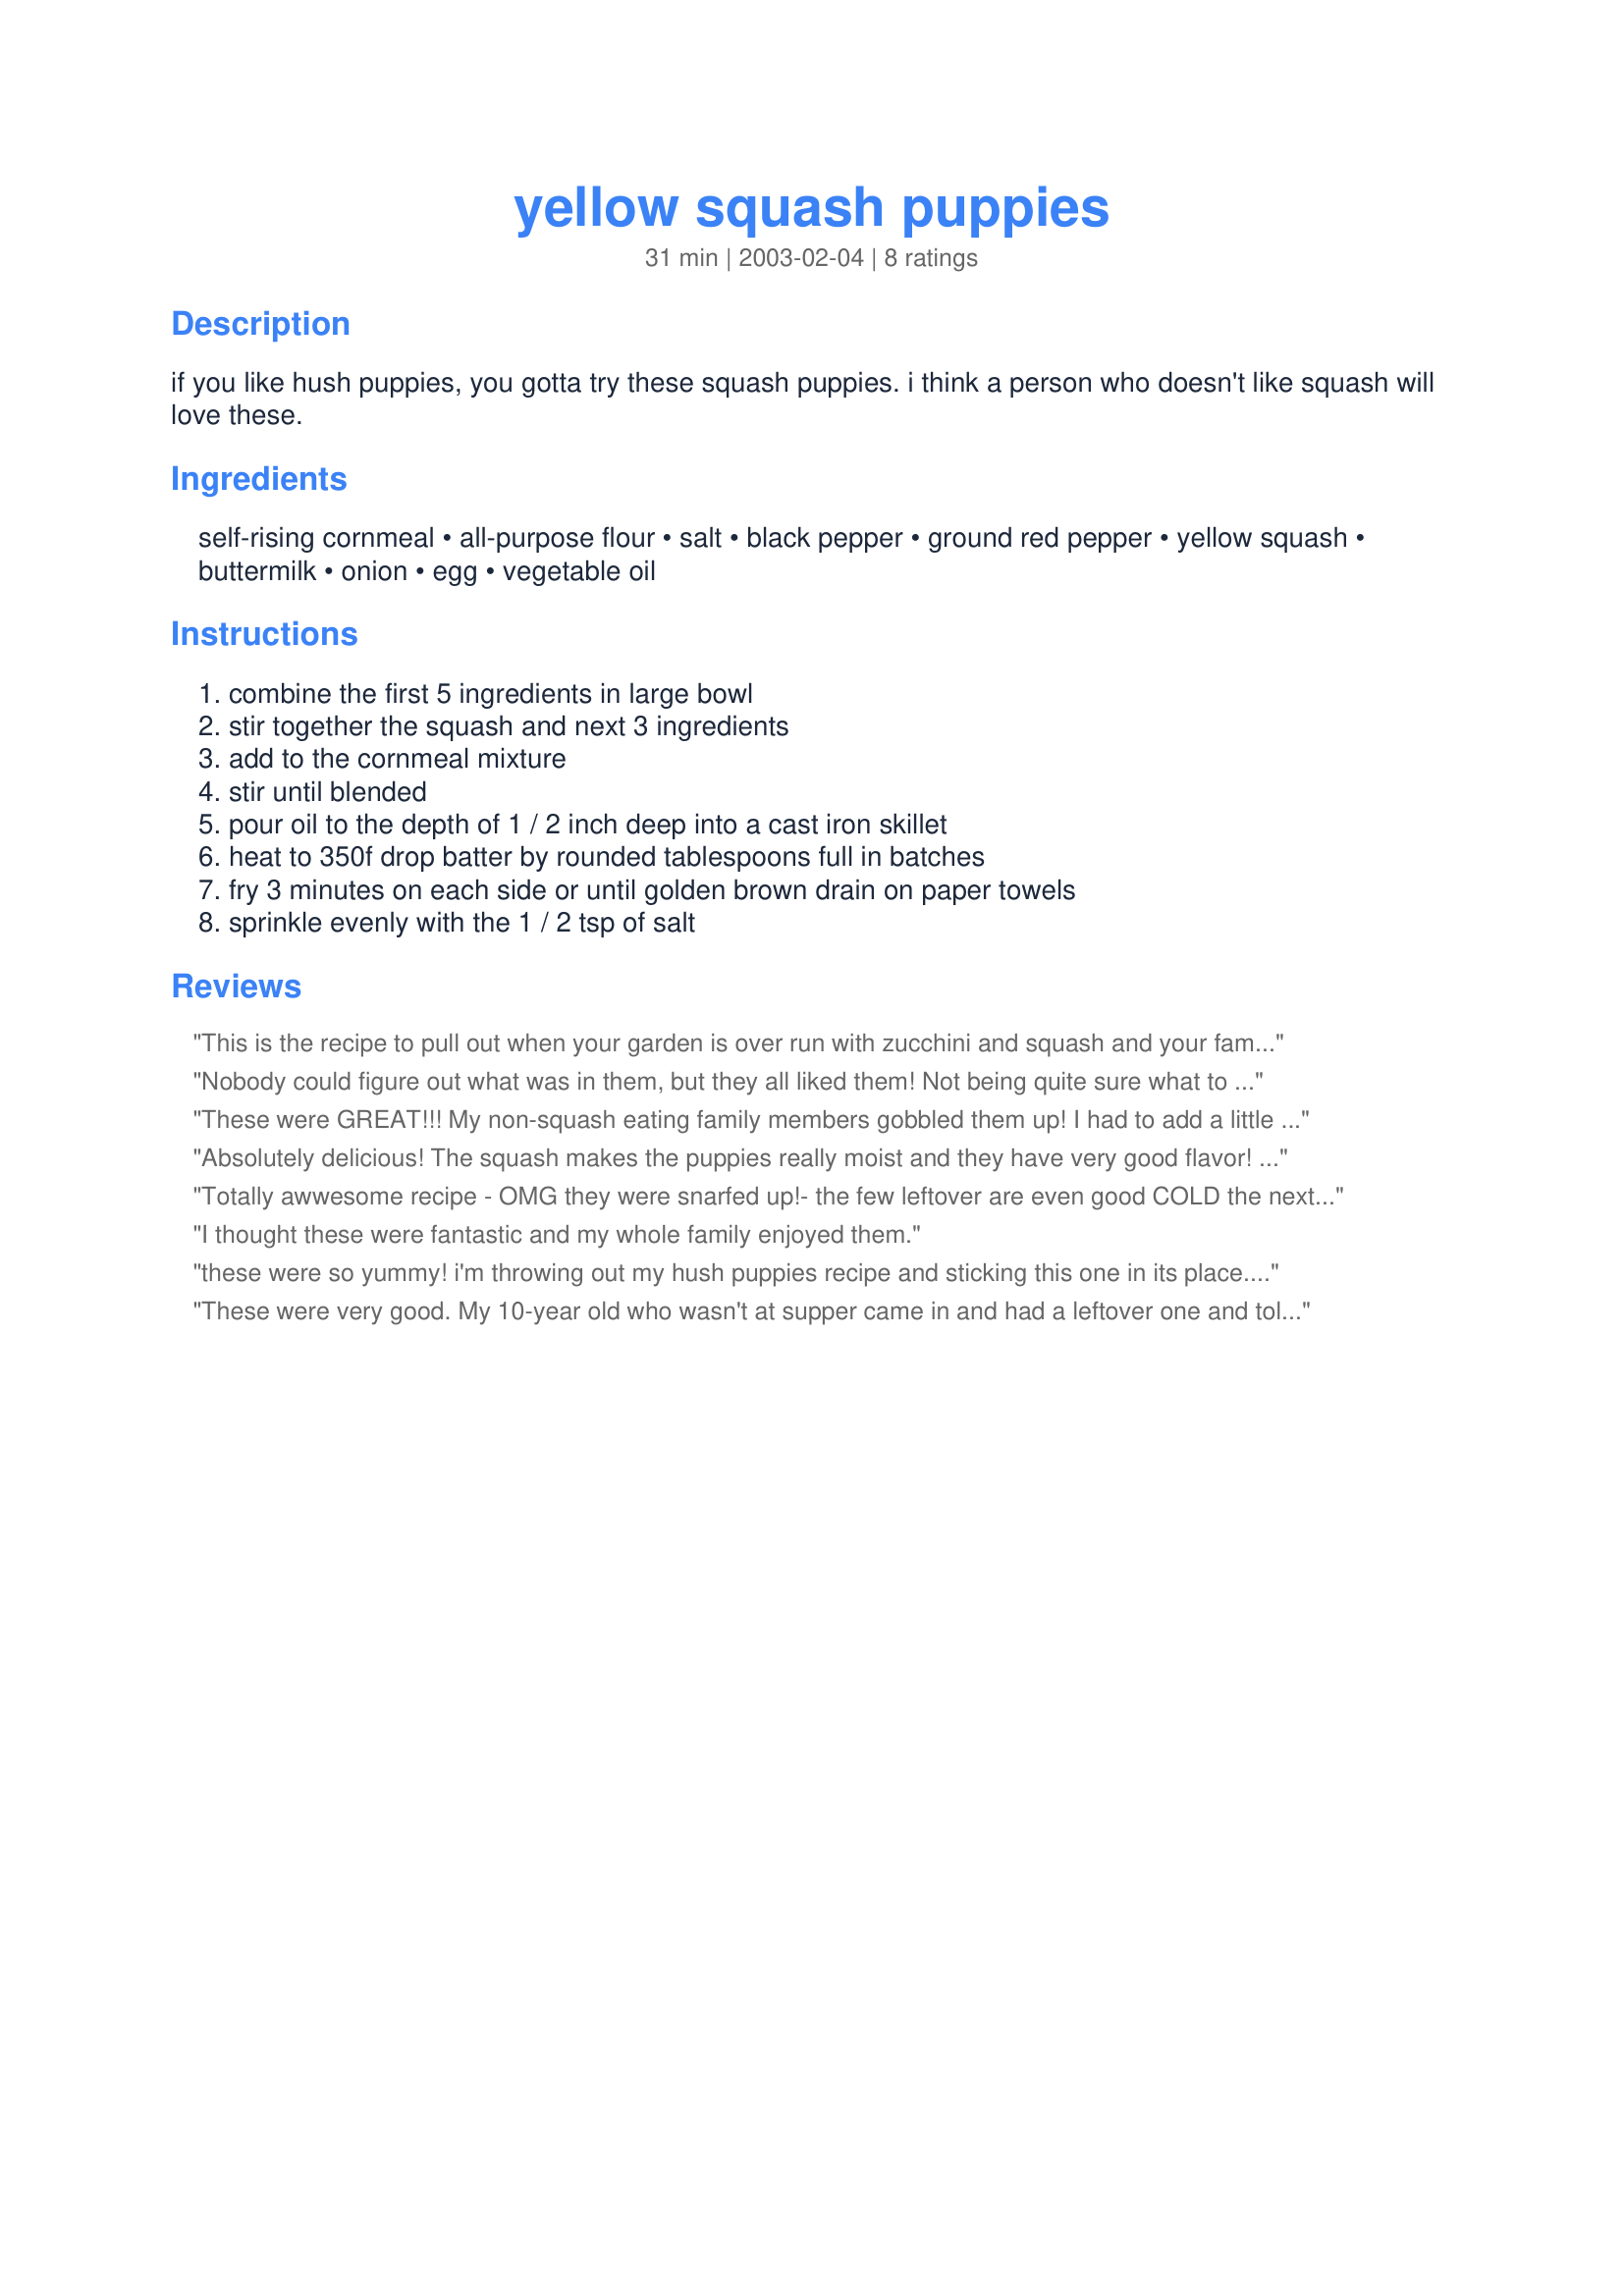
yellow squash puppies
Preparation time: 31 minutes

if you like hush puppies, you gotta try these squash puppies. i think a person who doesn't like squash will love these.

Ingredients:
self-rising cornmeal, all-purpose flour, salt, black pepper, ground red pepper, yellow squash, buttermilk, onion, egg, vegetable oil

Steps:
combine the first 5 ingredients in large bowl, stir together the squash and next 3 ingredients, add to the cornmeal mixture, stir until blended, pour oil to the depth of 1 / 2 inch deep into a cast iron skillet, heat to 350f drop batter by rounded tablespoons full in batches, fry 3 minutes on each side or until golden brown drain on paper towels, sprinkle evenly with the 1 / 2 tsp of salt

Reviews:
This is the recipe to pull out when your garden is over run with zucchini and squash and your family is begging, "No more squash!" It has a nice little kick with the red pepper (I added a 1/2 tsp.) I added the left overs to my spaghetti sauce and served over pasta. Delicious.
Nobody could figure out what was in them, but they all liked them! Not being quite sure what to expect, I served these with a dinner of fried fish, slaw, etc., in place of regular hush puppies. That wasn't the best choice. We all agreed that they'd be perfect as part of a vegetable dinner or with a 'down home' menu like ham, blackeyed peas,and cornbread. Thanks for this super new way to prepare squash, Recipe Fairy!
These were GREAT!!! My non-squash eating family members gobbled them up! I had to add a little more flour to keep them together. I will be making these again! I served them with bbq chicken and corn on the cob. Yummy! Thanks for sharing!
Absolutely delicious! The squash makes the puppies really moist and they have very good flavor! I've made them twice already. It will be a great summer recipe when the squash is prolific!
Totally awwesome recipe - OMG they were snarfed up!- the few leftover are even good COLD the next day! We are Southern & very exacting on what constitutes proper hushpuppies. I made these calling them fritters but they met muster well. Crispy light bites of goodness - When I make them again (this weekend for friends) I will try to sub minced green onion for a bit more color but in same quantities. Fried them outside in deep fat fryer - done in 6 minutes at 360 degrees (we made big uns too). Thank you Southern Chef in Louisiana for this recipe I will use often when squash is in season as this is a subtle way to lighten an old family fav!
I thought these were fantastic and my whole family enjoyed them.
these were so yummy! i'm throwing out my hush puppies recipe and sticking this one in its place...thanks so much for posting!
These were very good. My 10-year old who wasn't at supper came in and had a leftover one and told me "Great crab cakes Mom".. I laughed so hard...he "hates" squash.
